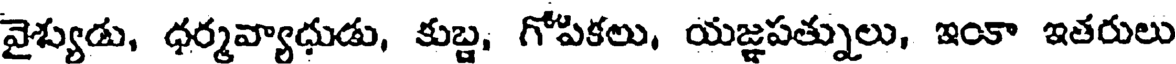
వైశ్యుడు, ధర్మవ్యాధుడు, కుబ్ద, గోపికలు, యజ్ఞపత్నులు, ఇంకా ఇతరులు